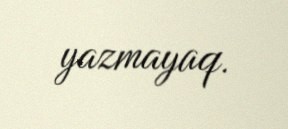
yazmayaq.